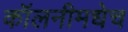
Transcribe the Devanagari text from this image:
कॉलनीमधेच